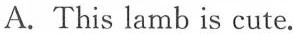
A. This lamb is cute.